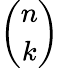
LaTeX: \binom{n}{k}